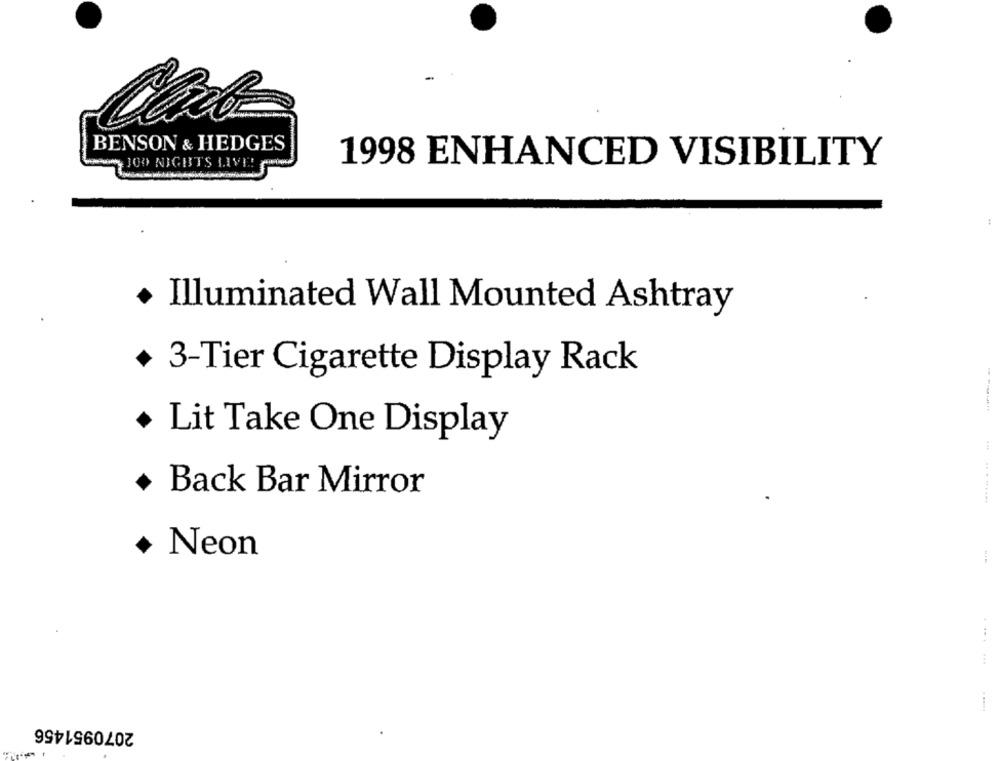
BENSON & HEDGES
JOO NIGHTS LIVE!
1998 ENHANCED VISIBILITY
+ Illuminated Wall Mounted Ashtray
+ 3-Tier Cigarette Display Rack
Lit Take One Display
Back Bar Mirror
............
Neon
.....
2070951456